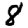
Digit: 8